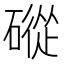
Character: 磫